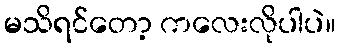
မသိရင်တော့ ကလေးလိုပါပဲ။